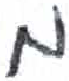
אות: מ